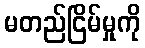
မတည်ငြိမ်မှုကို